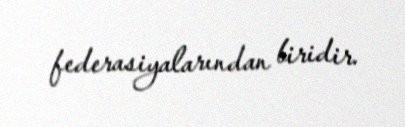
federasiyalarından biridir.